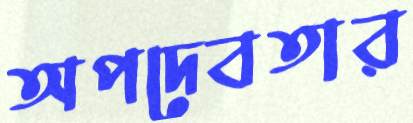
অপদেবতার